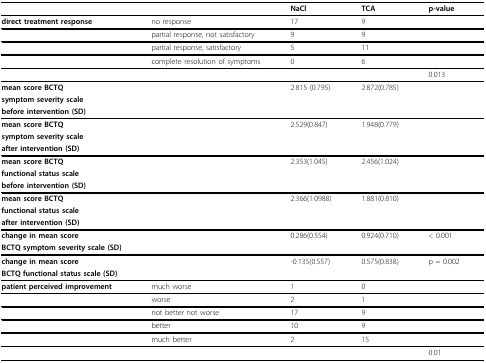
<table><thead><tr><td></td><td></td><td><b>NaCl</b></td><td><b>TCA</b></td><td><b>p-value</b></td></tr></thead><tbody><tr><td><b>direct treatment response</b></td><td>no response</td><td>17</td><td>9</td><td></td></tr><tr><td></td><td>partial response, not satisfactory</td><td>9</td><td>9</td><td></td></tr><tr><td></td><td>partial response, satisfactory</td><td>5</td><td>11</td><td></td></tr><tr><td></td><td>complete resolution of symptoms</td><td>0</td><td>6</td><td></td></tr><tr><td></td><td></td><td></td><td></td><td>0.013</td></tr><tr><td><b>mean score BCTQ</b></td><td></td><td>2.815 (0.795)</td><td>2.872(0.785)</td><td></td></tr><tr><td><b>symptom severity scale</b></td><td></td><td></td><td></td><td></td></tr><tr><td><b>before intervention (SD)</b></td><td></td><td></td><td></td><td></td></tr><tr><td><b>mean score BCTQ</b></td><td></td><td>2.529(0.847)</td><td>1.948(0.779)</td><td></td></tr><tr><td><b>symptom severity scale</b></td><td></td><td></td><td></td><td></td></tr><tr><td><b>after intervention (SD)</b></td><td></td><td></td><td></td><td></td></tr><tr><td><b>mean score BCTQ</b></td><td></td><td>2.353(1.045)</td><td>2.456(1.024)</td><td></td></tr><tr><td><b>functional status scale</b></td><td></td><td></td><td></td><td></td></tr><tr><td><b>before intervention (SD)</b></td><td></td><td></td><td></td><td></td></tr><tr><td><b>mean score BCTQ</b></td><td></td><td>2.366(1.0988)</td><td>1.881(0.810)</td><td></td></tr><tr><td><b>functional status scale</b></td><td></td><td></td><td></td><td></td></tr><tr><td><b>after intervention (SD)</b></td><td></td><td></td><td></td><td></td></tr><tr><td><b>change in mean score</b></td><td></td><td>0.286(0.554)</td><td>0.924(0.710)</td><td>&lt; 0.001</td></tr><tr><td><b>BCTQ symptom severity scale (SD)</b></td><td></td><td></td><td></td><td></td></tr><tr><td><b>change in mean score</b></td><td></td><td>-0.135(0.557)</td><td>0.575(0.838)</td><td>p = 0.002</td></tr><tr><td><b>BCTQ functional status scale (SD)</b></td><td></td><td></td><td></td><td></td></tr><tr><td><b>patient perceived improvement</b></td><td>much worse</td><td>1</td><td>0</td><td></td></tr><tr><td></td><td>worse</td><td>2</td><td>1</td><td></td></tr><tr><td></td><td>not better not worse</td><td>17</td><td>9</td><td></td></tr><tr><td></td><td>better</td><td>10</td><td>9</td><td></td></tr><tr><td></td><td>much better</td><td>2</td><td>15</td><td></td></tr><tr><td></td><td></td><td></td><td></td><td>0.01</td></tr></tbody></table>